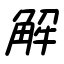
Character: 解